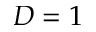
D = 1